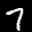
Label: 7